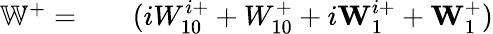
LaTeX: \begin{array}{rlr}{\mathbb{W}^{+}=}&{{}}&{(iW_{10}^{i+}+W_{10}^{+}+i\textbf{W}_{1}^{i+}+\textbf{W}_{1}^{+})}\end{array}